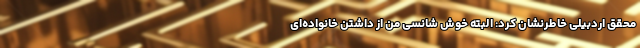
محقق اردبیلی خاطرنشان کرد: البته خوش شانسی من از داشتن خانواده‌ای